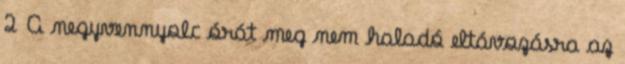
2 A negyvennyolc órát meg nem haladó eltávozásra az